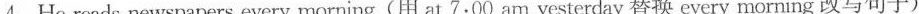
4.He reads newspapers every morning. (用 at 7:00 am yesterday 替换 every morning 改写句子)